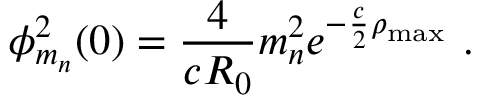
\phi _ { m _ { n } } ^ { 2 } ( 0 ) = \frac { 4 } { c R _ { 0 } } m _ { n } ^ { 2 } e ^ { - \frac { c } { 2 } \rho _ { \mathrm { m a x } } } ~ .